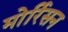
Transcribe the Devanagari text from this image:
मोर्रिसन